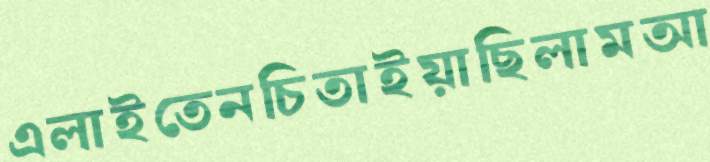
এলাইতেনচিতাইয়াছিলামআ